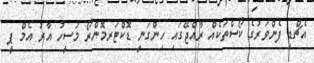
އެޗްޑީ ފެންވަރުގެ ކޯސްތަކެއް ރާއްޖޭގައި ހިންގަނީ ޑޮކްޓަރމޮންރޯ މަސީހު އާރު އެމް ޕީ